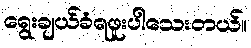
ရွေးချယ်ခံရဖူးပါသေးတယ်။